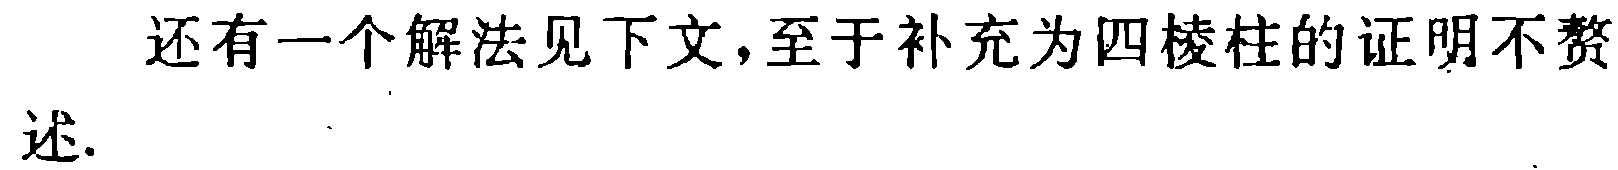
还有一个解法见下文,至于补充为四棱柱的证明不赘述.